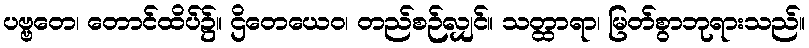
ပဗ္ဗတေ၊ တောင်ထိပ်၌။ ဌိတေယေဝ၊ တည်စဉ်လျှင်။ သတ္ထာရာ၊ မြတ်စွာဘုရားသည်။